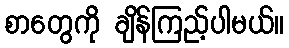
စာတွေကို ချိန်ကြည့်ပါမယ်။